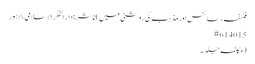
فلسفہ، سائنس اور مذہب کی روشنی میں) ناشر : دار الفکر الاسلامی، لاہور
15 #6140
(مکالمہ جلد۔